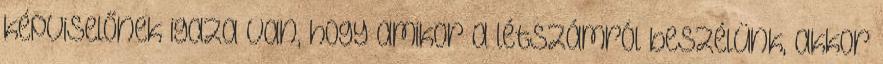
képviselőnek igaza van, hogy amikor a létszámról beszélünk, akkor